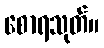
စောရသုတ်။